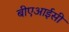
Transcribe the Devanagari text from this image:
बीएआईसी